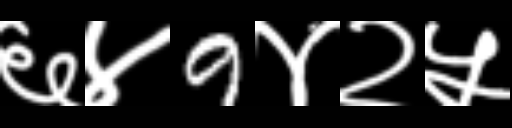
Text: ६४9४२५